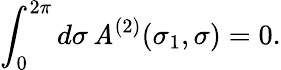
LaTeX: \int_{0}^{2\pi}d\sigma\, \mathit{A}^{(2)}(\sigma_{1},\sigma)=0.